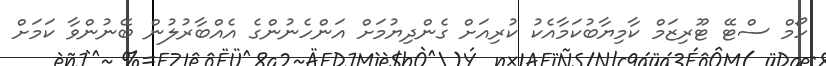
ހޯމް ސްޓޭ ޓޫރިޒަމް ކާމިޔާބުކަމާއެކު ކުރިއަށް ގެންދިޔުމަށް އަންހެނުންގެ އެއްބާރުލުން ބޭނުންވާ ކަމަށް